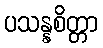
ပသန္နစိတ္တာ